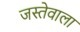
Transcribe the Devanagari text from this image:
जस्तेवाला